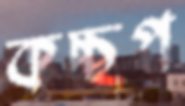
কচ্ছপ